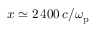
x \simeq 2 \, 4 0 0 \, c / \omega _ { \mathrm { p } }